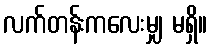
လက်တန်းကလေးမျှ မရှိ။